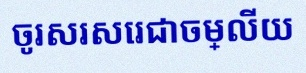
ចូរសរសេរជាចម្លើយ